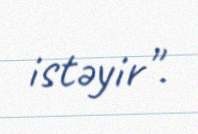
istəyir".